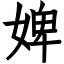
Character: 婢